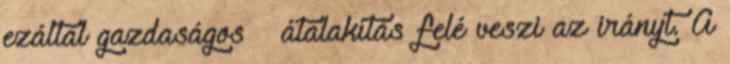
ezáltal gazdaságos – átalakítás felé veszi az irányt. A